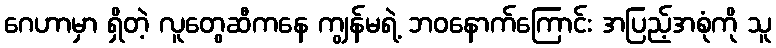
ဂေဟာမှာ ရှိတဲ့ လူတွေဆီကနေ ကျွန်မရဲ့ ဘဝနောက်ကြောင်း အပြည့်အစုံကို သူ